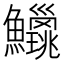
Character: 𫚅